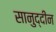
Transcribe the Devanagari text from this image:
सानुद्दीन